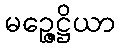
မဉ္ဇေဋ္ဌိယာ